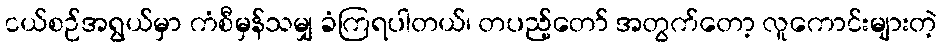
ငယ်စဉ်အရွယ်မှာ ကံစီမှန်သမျှ ခံကြရပါတယ်၊ တပည့်တော် အတွက်တော့ လူကောင်းများတဲ့